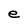
Character: e